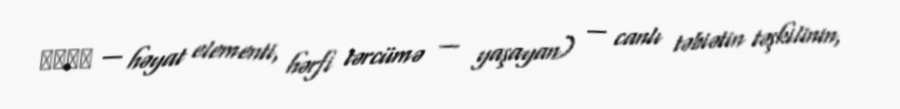
βίον — həyat elementi, hərfi tərcümə — yaşayan) — canlı təbiətin təşkilinin,